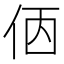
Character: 𠈇